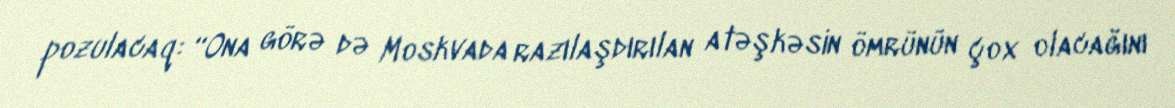
pozulacaq: “Ona görə də Moskvada razılaşdırılan atəşkəsin ömrünün çox olacağını